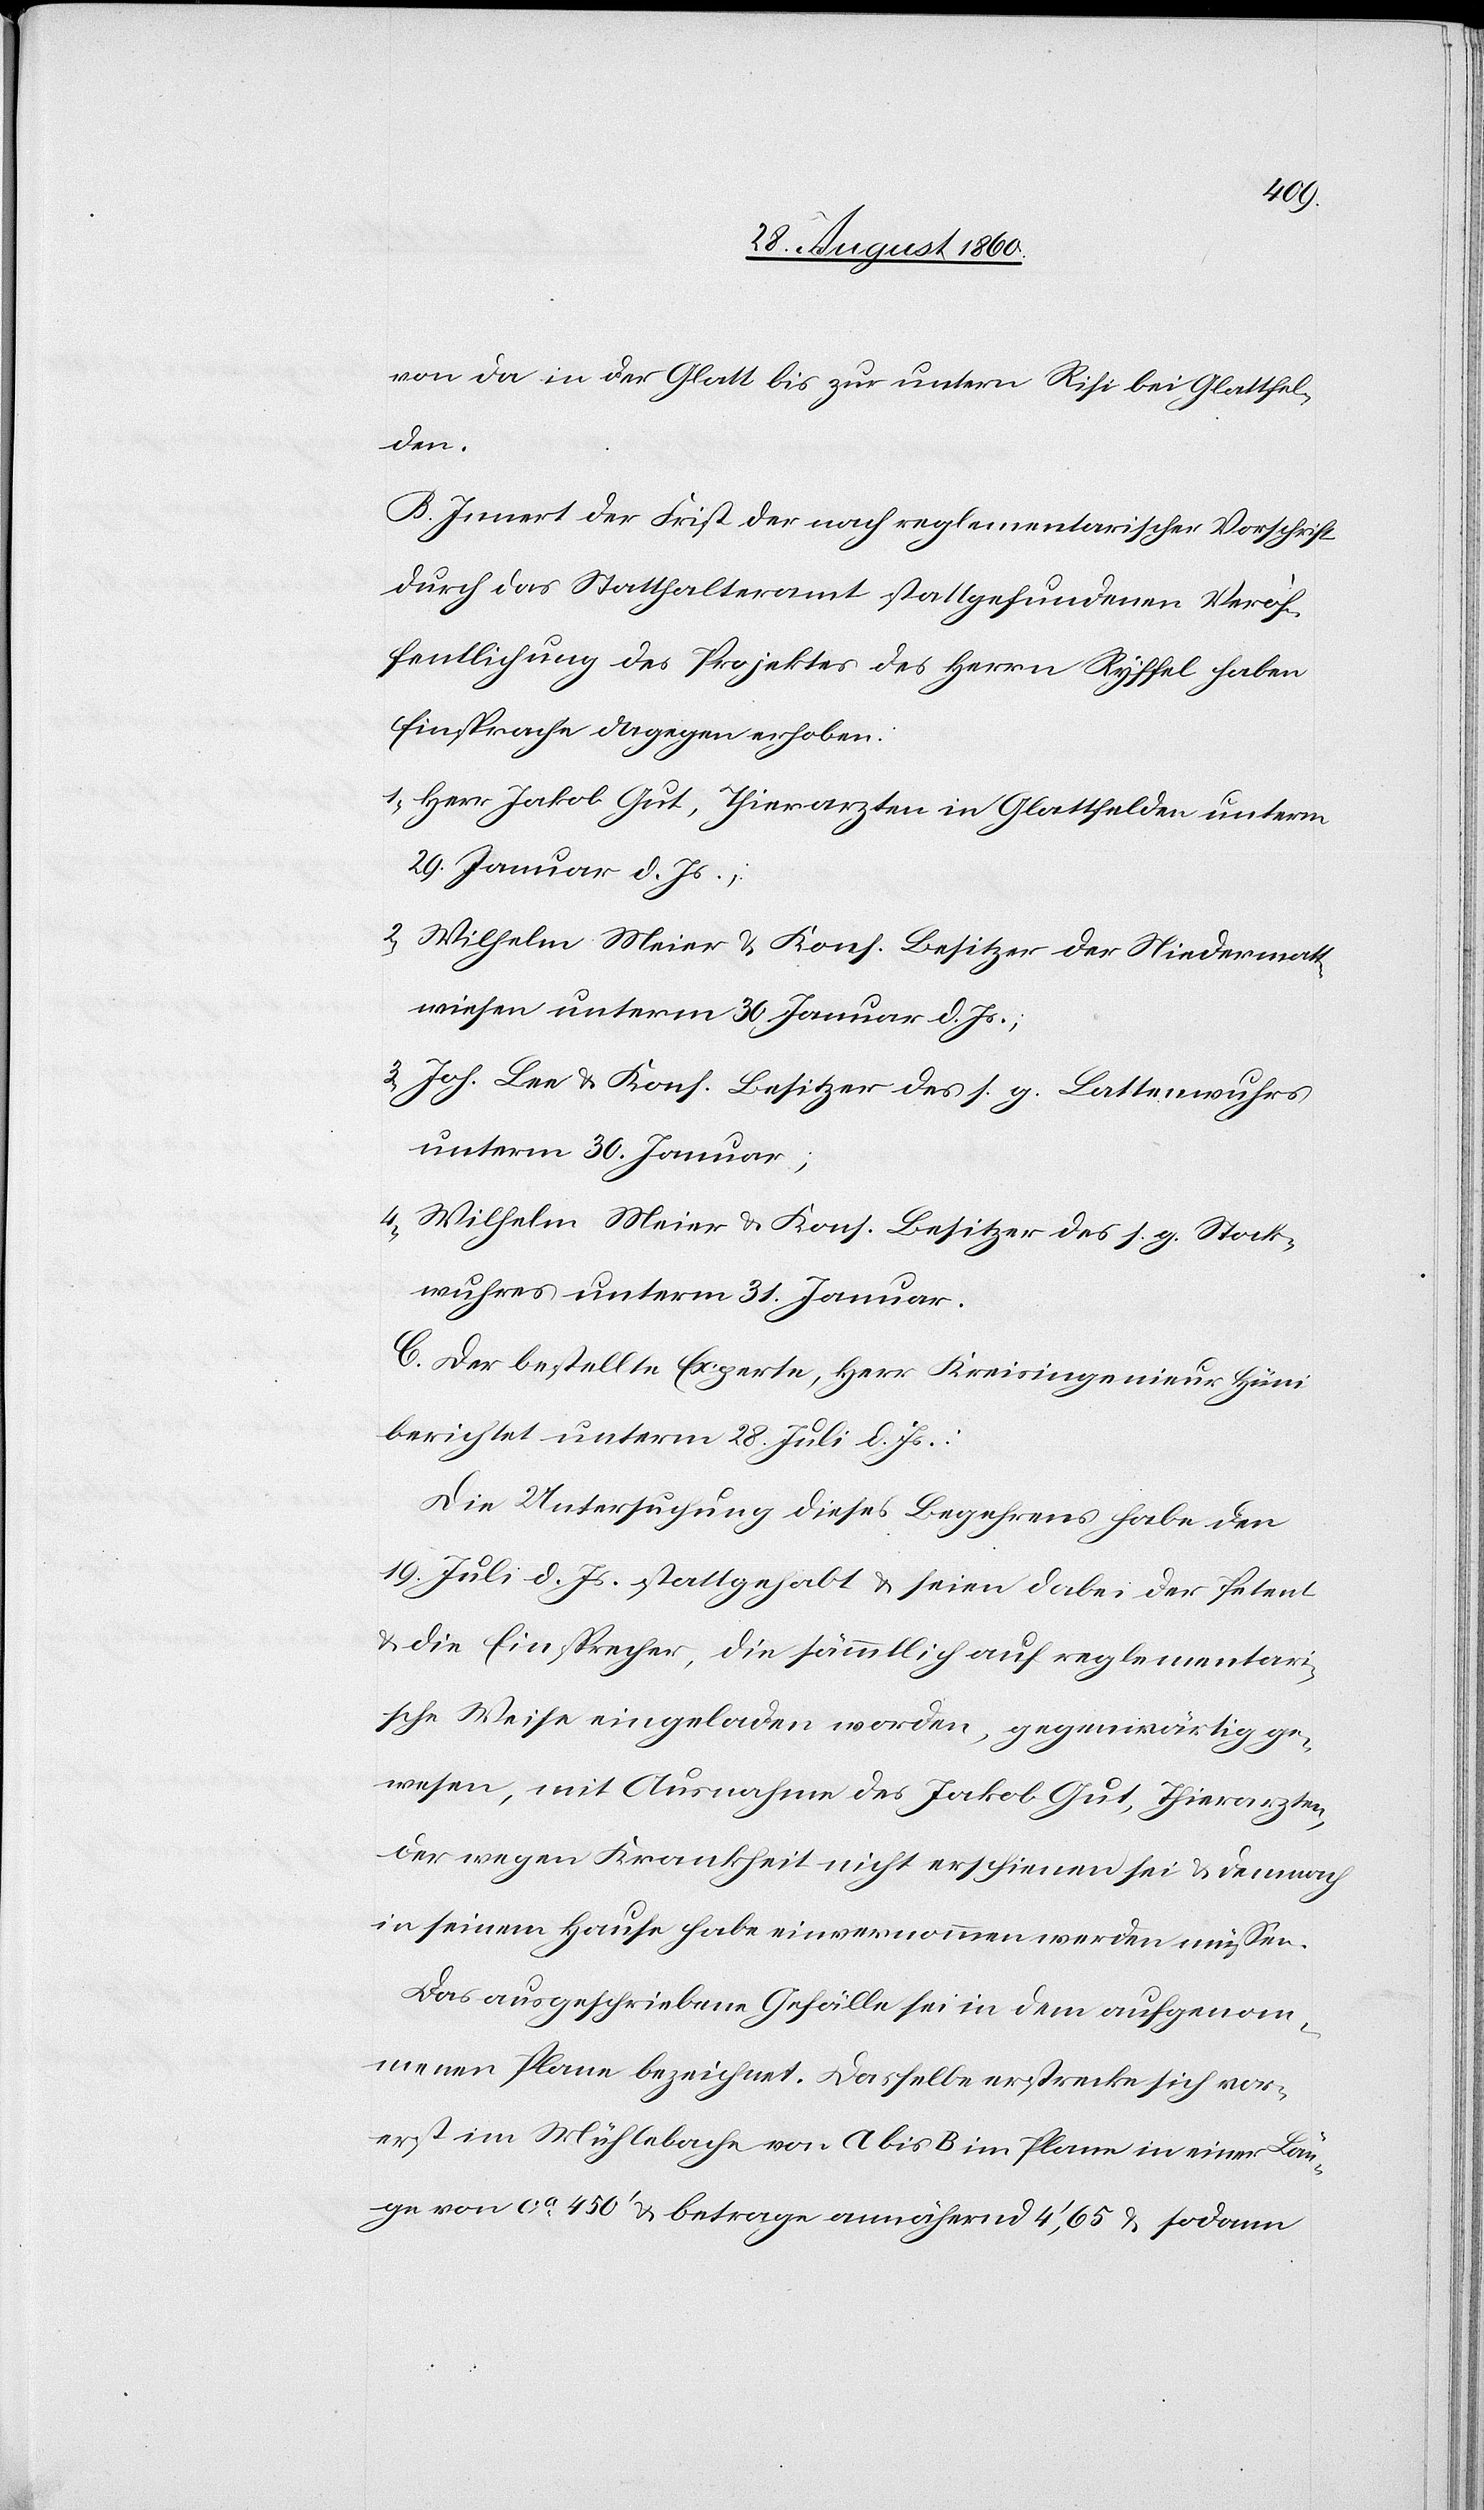
von da in der Glatt bis zur untern Risi bei Glattfel¬
den:
B. Innert der Frist der nach reglementarischer Vorschrift
durch das Statthalteramt Statt gefundenen Veröf¬
fentlichung des Projektes des Hrn. Ryffel haben
Einsprache dagegen erhoben:
1) Hr. Jakob Gut, Thierarzten in Glattfelden unterm
29. Jenner d. Js:
2) Wilhelm Meier u. Kons. Besitzer der Niedermatt¬
wiesen unterm 30. Juni d. Js.
3) Joh. Lee u. Kons. Besitzer des s. g. Lattenwuhrs
unterm 30. Jenner,
4) Wilhelm Meier u. Kons. Besitzer des s. g. Stock¬
wuhres unterm 31. Jenner.
C. Der bestellte Experte, Hr. Kreisingenieur Hüni
berichtet unterm 28. Heumonat d. Js:
Die Untersuchung dieses Begehrens habe den
19t Heumonat d. Js. stattgehabt u. seien dabei der Petent
u. die Einsprecher, die sämmtlich auf reglementari¬
sche Weise eingeladen worden, gegenwärtig ge¬
wesen, mit Ausnahme des Jakob Gut, Thierarzten,
der wegen Krankheit nicht erschienen sei u. demnach
in seinem Hause habe einvernommen werden müssen.
Das ausgeschriebene Gefälle sei in dem aufgenom¬
menen Plane bezeichnet. Dasselbe erstrecke sich vor¬
erst im Mühlebach von A bis B im Plane in einer Län¬
ge von ca. 450’ und betrage annähernd 4’,65 und so-